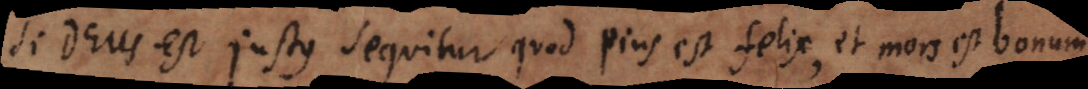
Si Deus est justus sequitur quod pius est felix, et mors est bonum.